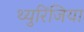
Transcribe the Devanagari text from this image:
थ्युरिंजिया